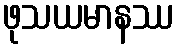
ဖုသယမာနဿ